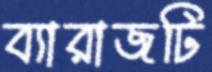
ব্যারাজটি